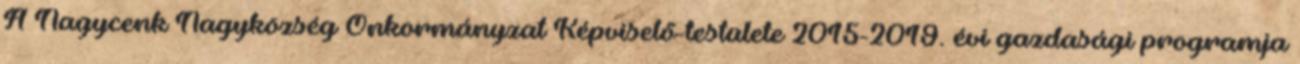
A Nagycenk Nagyközség Önkormányzat Képviselő-testülete 2015-2019. évi gazdasági programja